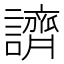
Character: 䜞